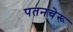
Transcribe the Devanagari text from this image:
पतनचेरू